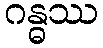
ဂန္ဓဿ